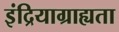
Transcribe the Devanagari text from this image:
इंद्रियाग्राह्यता